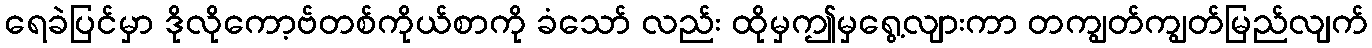
ရေခဲပြင်မှာ ဒိုလိုကော့ဗ်တစ်ကိုယ်စာကို ခံသော် လည်း ထိုမှဤမှရွေ့လျားကာ တကျွတ်ကျွတ်မြည်လျက်